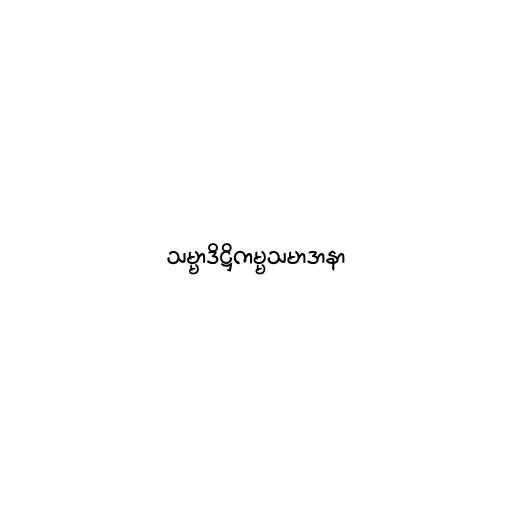
သမ္မာဒိဋ္ဌိကမ္မသမာဒာနာ